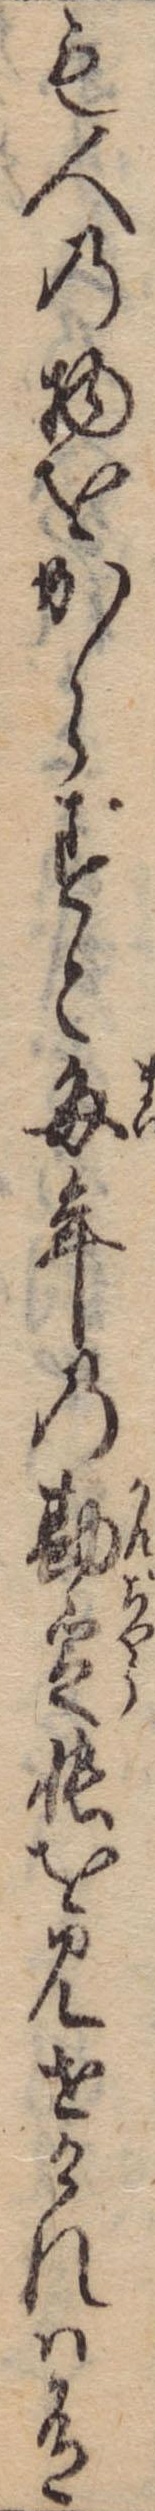
も人の物をからずと毎年の勘定帳を見せけれは有